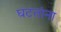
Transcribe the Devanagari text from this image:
घटतांना